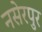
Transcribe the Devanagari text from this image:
नसेरपुर